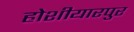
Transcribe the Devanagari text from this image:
होशीयारपुर